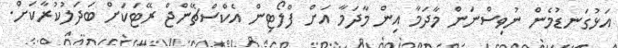
އަޅުގަނޑުމެން ނުވިސްނަން މާދަމާ އިން މާދަމާ އަށް ފްލޯޓިން އެކްސްޗޭންޖް ރޭޓަކަށް ބަދަލުކުރާކަށް.